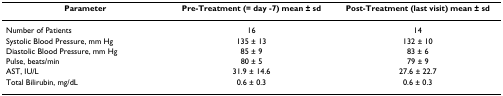
| Parameter | Pre-Treatment (= day -7) mean ± sd | Post-Treatment (last visit) mean ± sd |
 | --- | --- | --- |
 | Number of Patients | 16 | 14 |
 | Systolic Blood Pressure, mm Hg | 135 ± 13 | 132 ± 10 |
 | Diastolic Blood Pressure, mm Hg | 85 ± 9 | 83 ± 6 |
 | Pulse, beats/min | 80 ± 5 | 79 ± 9 |
 | AST, IU/L | 31.9 ± 14.6 | 27.6 ± 22.7 |
 | Total Bilirubin, mg/dL | 0.6 ± 0.3 | 0.6 ± 0.3 |